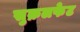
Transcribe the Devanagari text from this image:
सुक्रलफेट